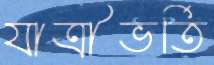
যাত্রীভর্তি